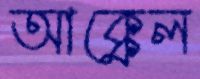
আক্কেল